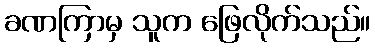
ခဏကြာမှ သူက ဖြေလိုက်သည်။